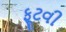
ફૂટવી